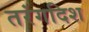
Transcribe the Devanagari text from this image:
तरंगदिश